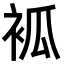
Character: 𧙆